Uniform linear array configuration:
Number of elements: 8
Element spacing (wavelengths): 0.5
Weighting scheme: cosine
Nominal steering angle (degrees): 45
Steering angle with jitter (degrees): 45.019
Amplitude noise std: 0.05
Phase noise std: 0.05

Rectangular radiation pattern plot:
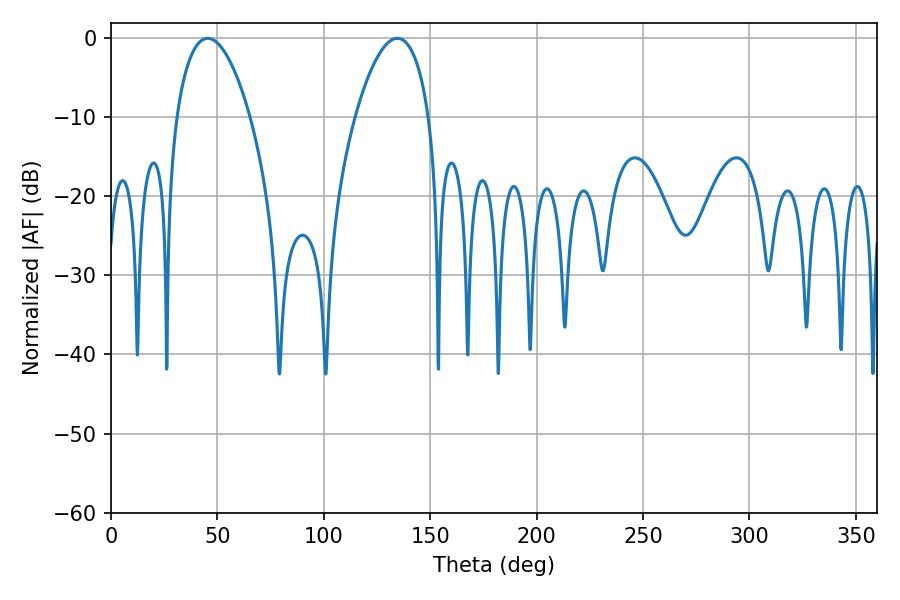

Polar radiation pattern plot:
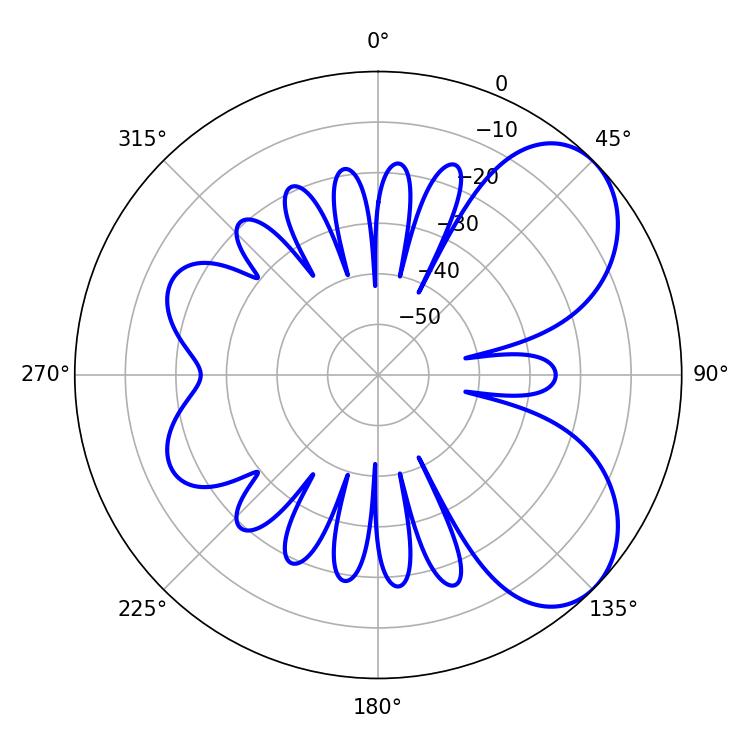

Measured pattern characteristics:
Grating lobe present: FALSE
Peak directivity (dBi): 6.053
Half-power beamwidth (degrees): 19.44
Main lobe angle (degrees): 45.36